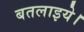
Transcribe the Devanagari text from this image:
बतलाइये।